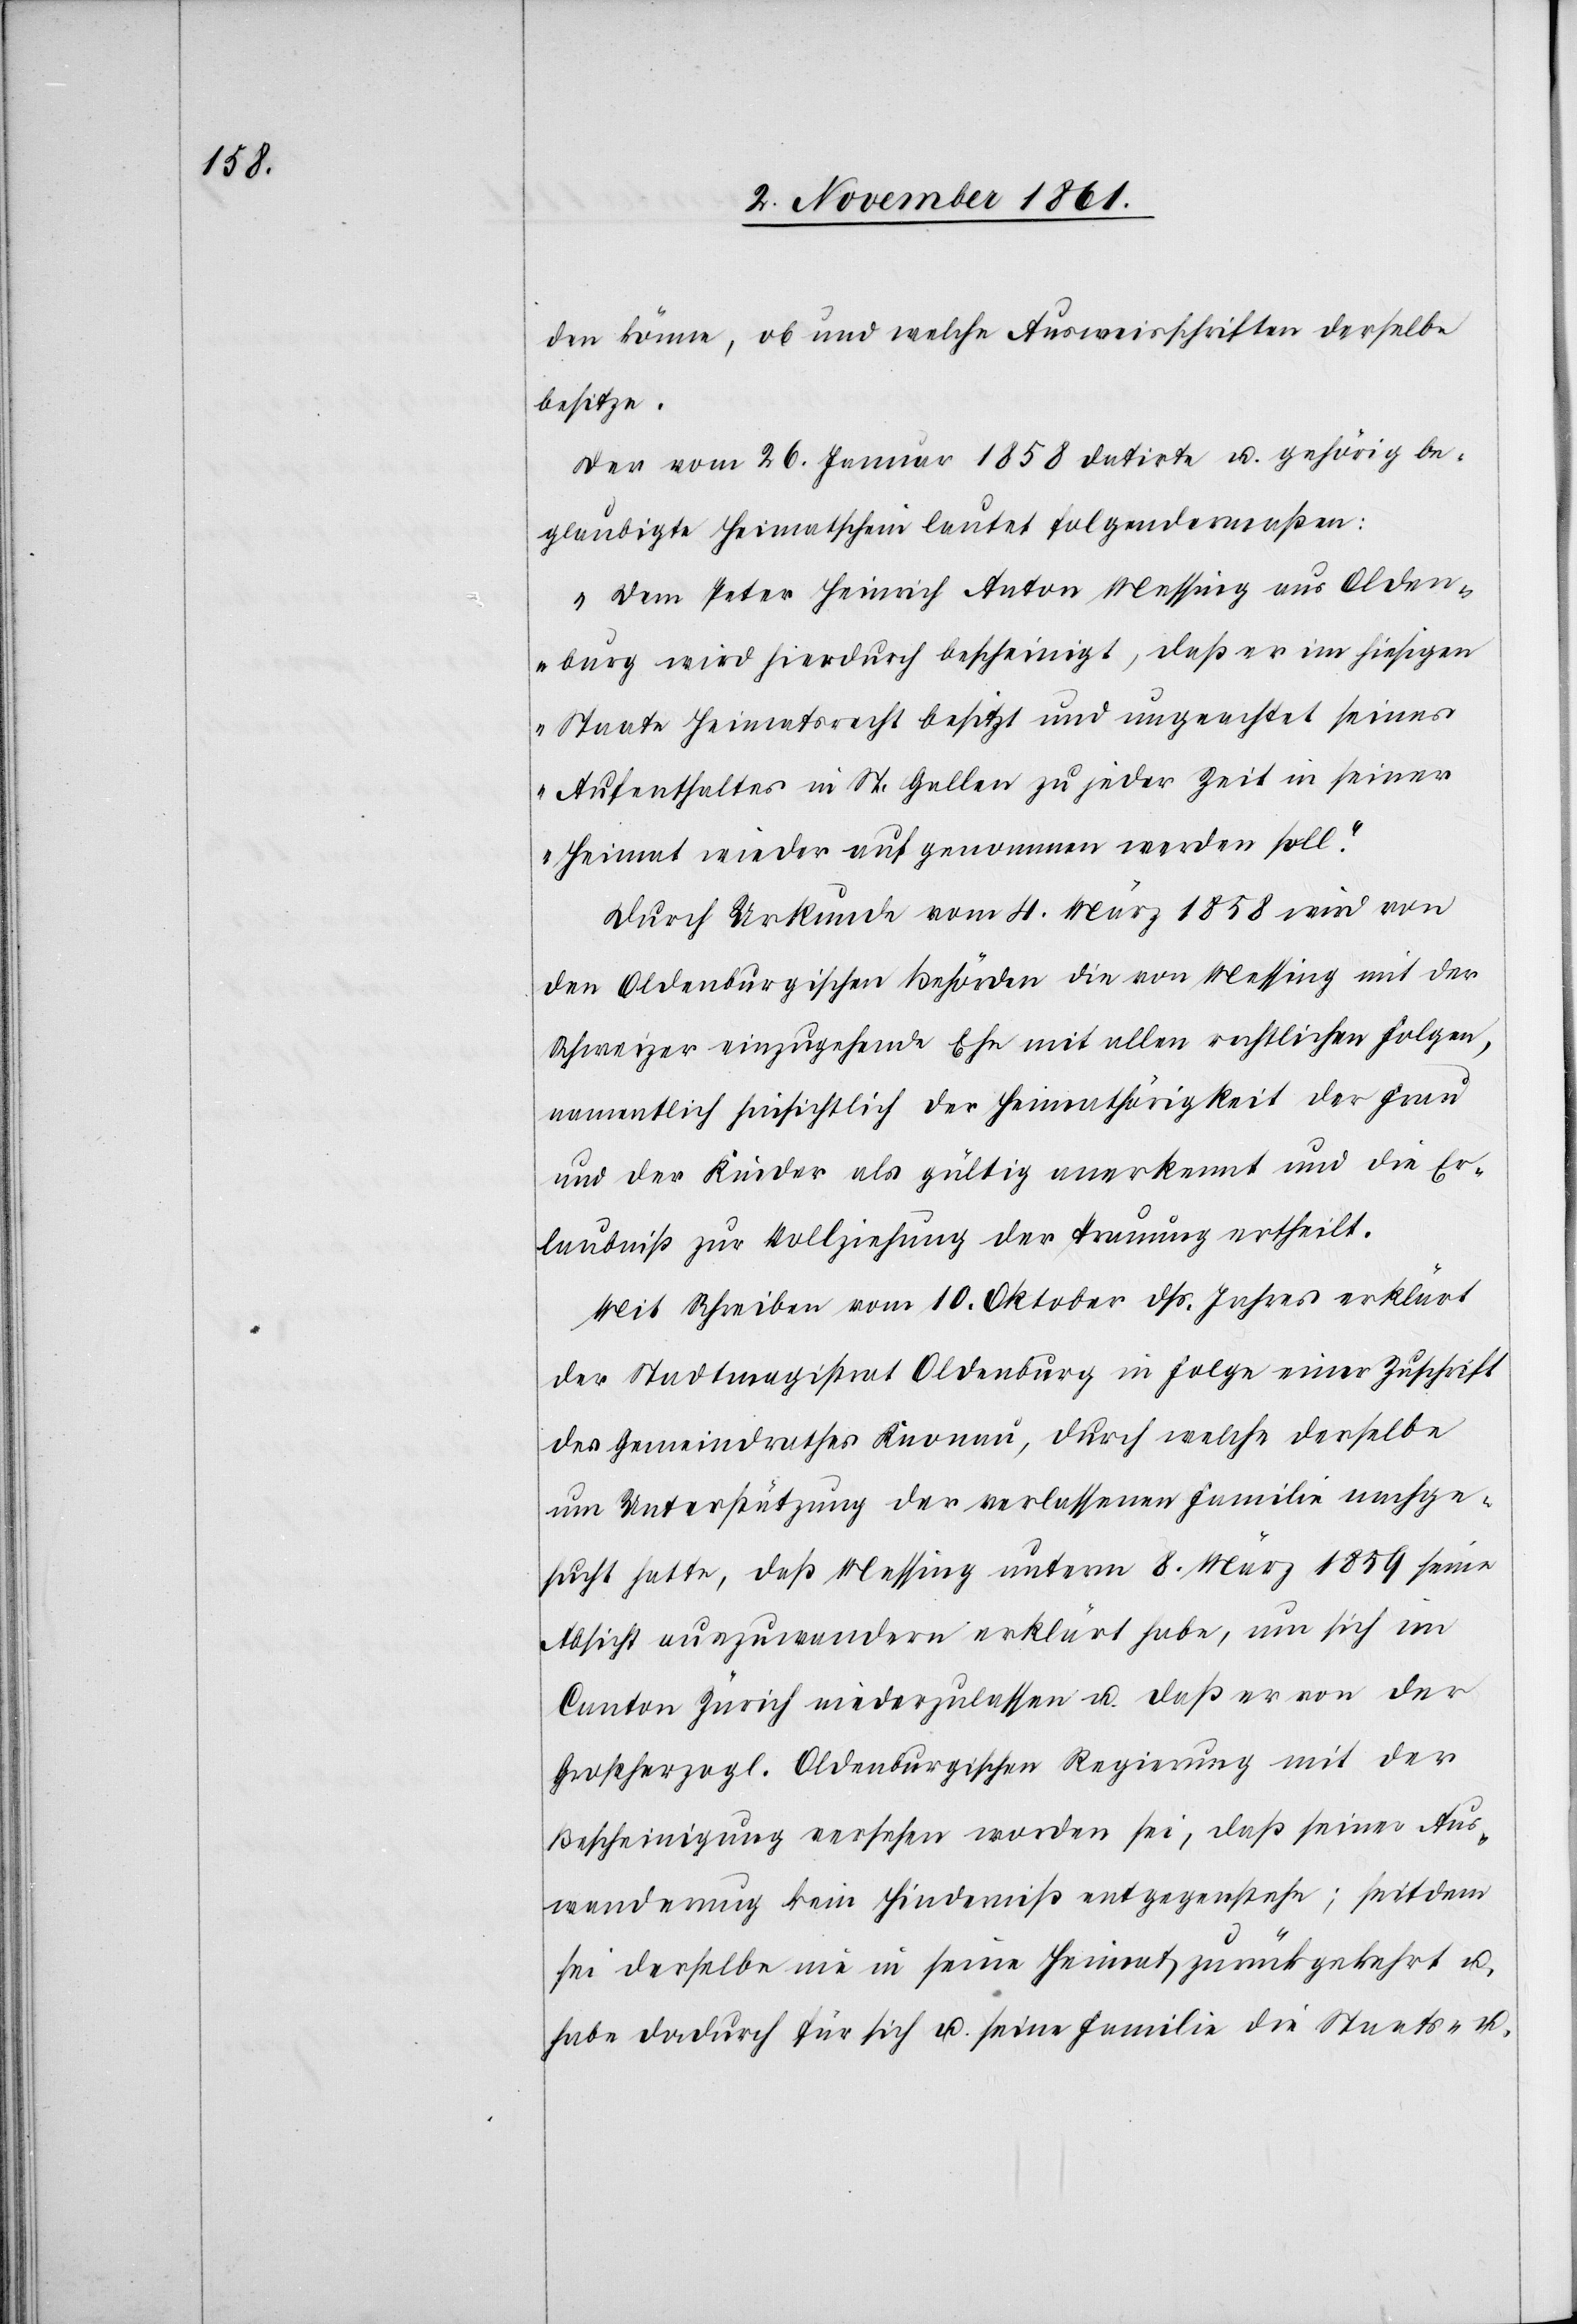
den könne, ob und welche Ausweisschriften derselbe
besitze.
Der vom 26 Januar 1858 datirte u. gehörig be¬
glaubigte Heimatschein lautet folgendermaßen:
„Dem Peter Heinrich Anton Messing aus Olden¬
burg wird hiedurch bescheinigt, daß er im hiesigen
Staate Heimatsrecht besitzt und ungeachtet seines
Aufenthaltes in St. Gallen zu jeder Zeit in seiner
Heimat wieder aufgenommen werden soll.“
Durch Urkunde vom 4 März 1858 wird von
den Oldenburgischen Behörden die von Messing mit der
Schweizer einzugehende Ehe mit allen rechtlichen Folgen,
namentlich hinsichtlich der Heimathörigkeit der Frau
und der Kinder als gültig anerkannt und die Er¬
laubniß zur Vollziehung der Trauung ertheilt.
Mit Schreiben vom 10 Oktober dß. Jahres erklärt
der Stadtmagistrat Oldenburg in Folge einer Zuschrift
des Gemeindrathes Knonau, durch welche derselbe
um Unterstützung der verlassenen Familie nachge¬
sucht hatte, daß Messing unterm 8 März 1859 seine
Abscht auszuwandern erklärt habe, um sich im
Canton Zürich niederzulassen u. daß er von der
Großherzogl. Oldenburgischen Regierung mit der
Bescheinigung versehen worden sei, daß seiner Aus¬
wanderung kein Hinderniß entgegenstehe; seitdem
sei derselbe nie in seine Heimat zurückgekehrt u.
habe dadurch für sich u. seine Familie die Staats- u.